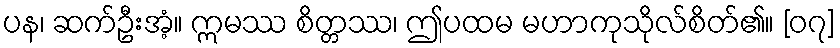
ပန၊ ဆက်ဦးအံ့။ ဣမဿ စိတ္တဿ၊ ဤပထမ မဟာကုသိုလ်စိတ်၏။ [၀၇]